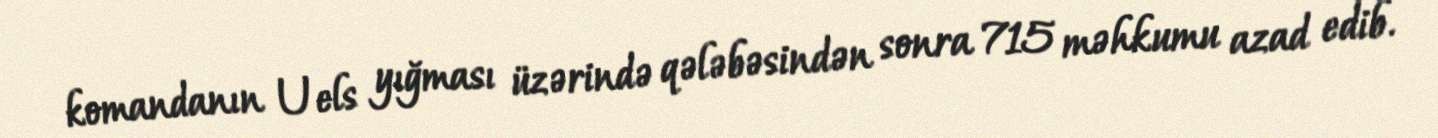
komandanın Uels yığması üzərində qələbəsindən sonra 715 məhkumu azad edib.